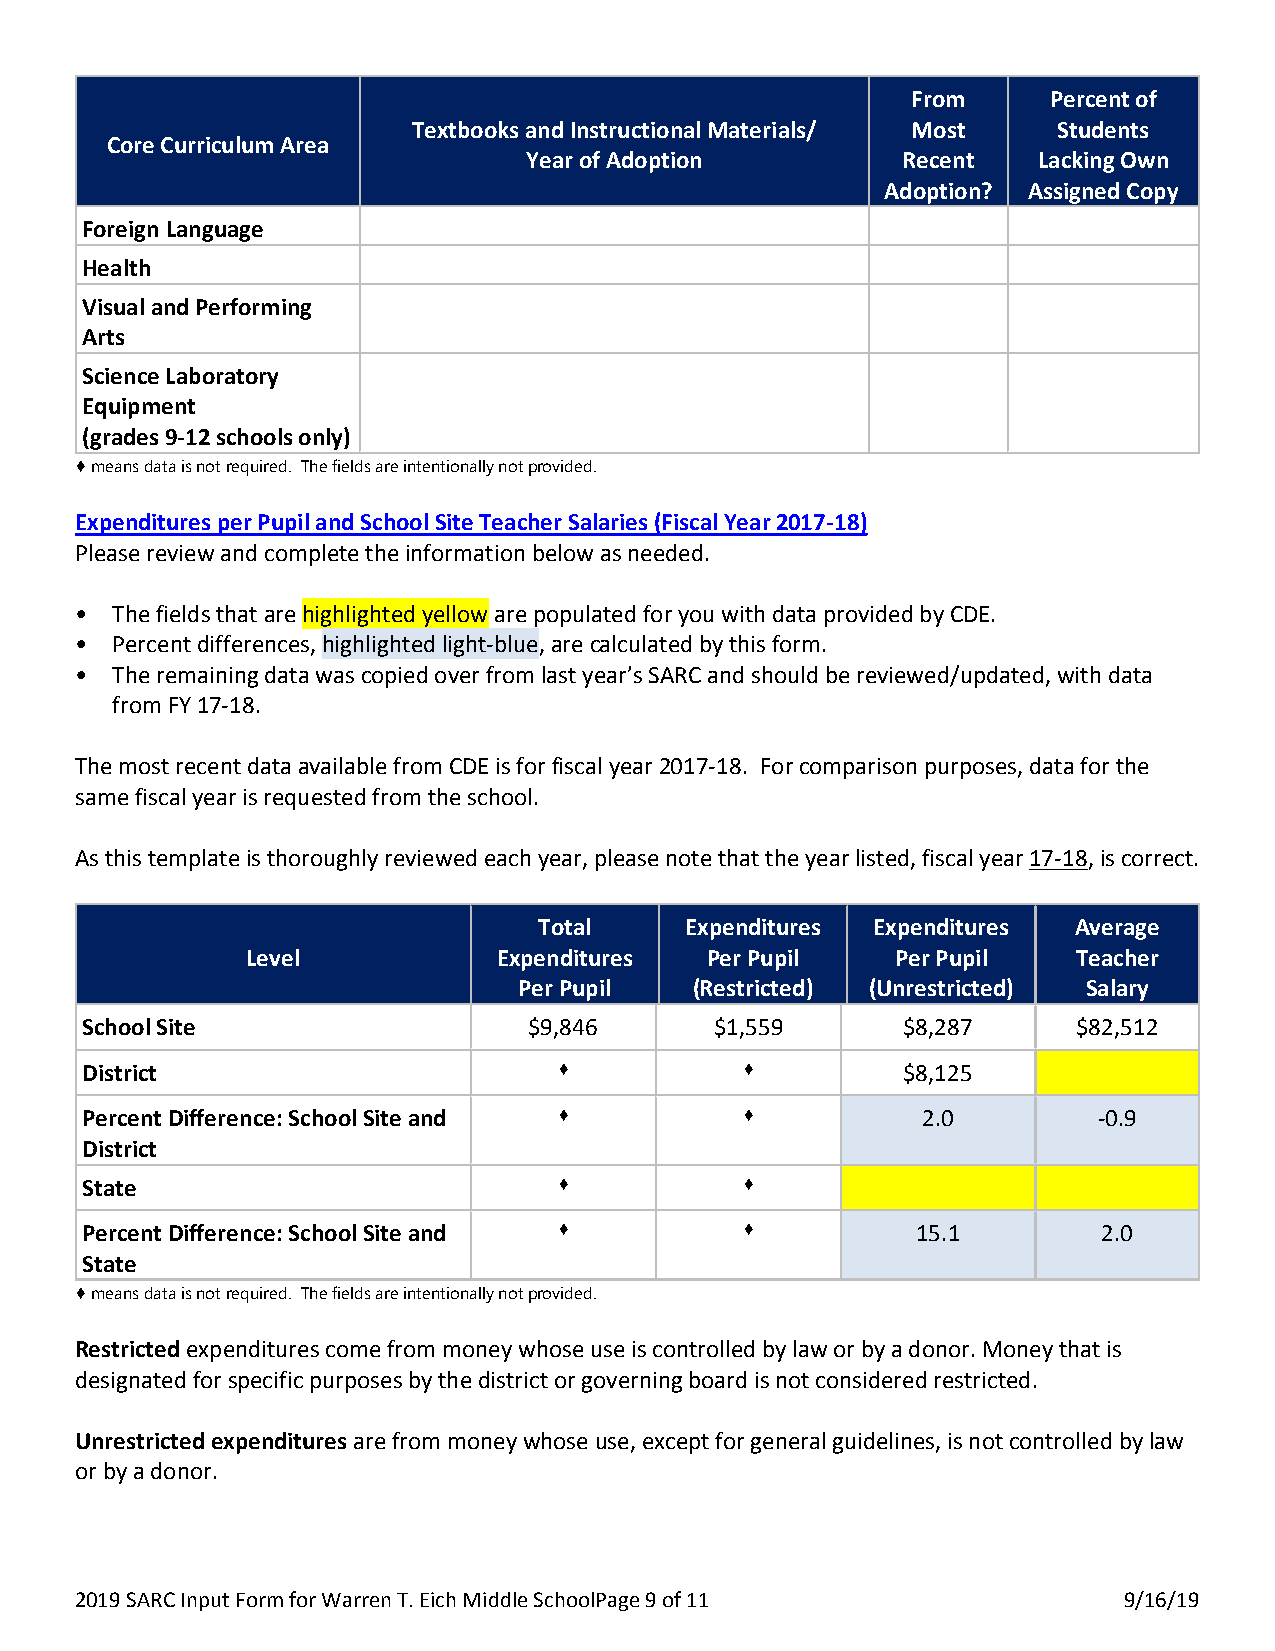
From      Percent of
 Textbooks and Instructional Materials/ Most Students
 Core Curriculum Area
 Year of Adoption         Recent   Lacking Own
 Adoption? Assigned Copy
 Foreign Language----
 Health----
 Visual and Performing
 Arts----
 Science Laboratory
 Equipment
 (grades 9-12 schools only)
 ♦ means data is not required. The fields are intentionally not provided.
 Expenditures per Pupil and School Site Teacher Salaries (Fiscal Year 2017-18)
 Please review and complete the information below as needed.
 • The fields that are highlighted yellow are populated for you with data provided by CDE.
 • Percent differences, highlighted light-blue, are calculated by this form.
 • The remaining data was copied over from last year’s SARC and should be reviewed/updated, with data
 from FY 17-18.
 The most recent data available from CDE is for fiscal year 2017-18. For comparison purposes, data for the
 same fiscal year is requested from the school.
 As this template is thoroughly reviewed each year, please note that the year listed, fiscal year 17-18, is correct.
 Total    Expenditures Expenditures Average
 Level            Expenditures  Per Pupil   Per Pupil   Teacher
 Per Pupil   (Restricted) (Unrestricted) Salary
 School Site----               $9,846      $1,559       $8,287     $82,512
 District----                    ♦           ♦          $8,125
 Percent Difference: School Site and ♦       ♦           2.0         -0.9
 District
 State----                       ♦           ♦
 Percent Difference: School Site and ♦       ♦           15.1        2.0
 State
 ♦ means data is not required. The fields are intentionally not provided.
 Restricted expenditures come from money whose use is controlled by law or by a donor. Money that is
 designated for specific purposes by the district or governing board is not considered restricted.
 Unrestricted expenditures are from money whose use, except for general guidelines, is not controlled by law
 or by a donor.
 2019 SARC Input Form for Warren T. Eich Middle SchoolP age 9 of 11   9/16/19